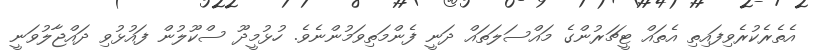
އެތެރެކުރެވިފައިތި އެތައް ޓީޗަރުންގެ މައްސަލަތައް ދަނީ ފެންމަތިވަމުންނެވެ. ހުޅުމީދޫ ސްކޫލުން ފައުޅުވި ދައްޖާލުވަނީ